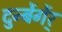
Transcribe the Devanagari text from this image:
दुर्न्बेर्गेर्